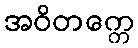
အဝိတက္ကေ